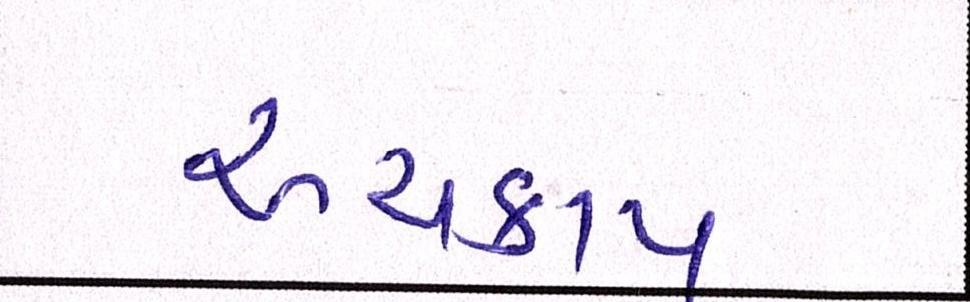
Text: અચકાય